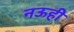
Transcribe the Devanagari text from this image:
नऊही